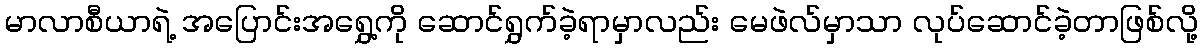
မာလာစီယာရဲ့ အပြောင်းအရွှေ့ကို ဆောင်ရွှက်ခဲ့ရာမှာလည်း မေဖဲလ်မှာသာ လုပ်ဆောင်ခဲ့တာဖြစ်လို့